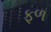
ફળ